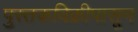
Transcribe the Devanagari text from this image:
पुस्तकविक्रीपासून